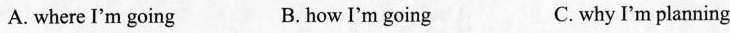
A. where I'm going B. how I'm going C. why I'm planning